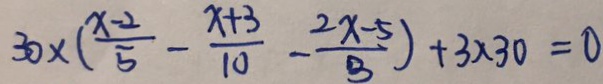
3 0 \times ( \frac { x - 2 } { 5 } - \frac { x + 3 } { 1 0 } - \frac { 2 x - 5 } { 3 } ) + 3 \times 3 0 = 0